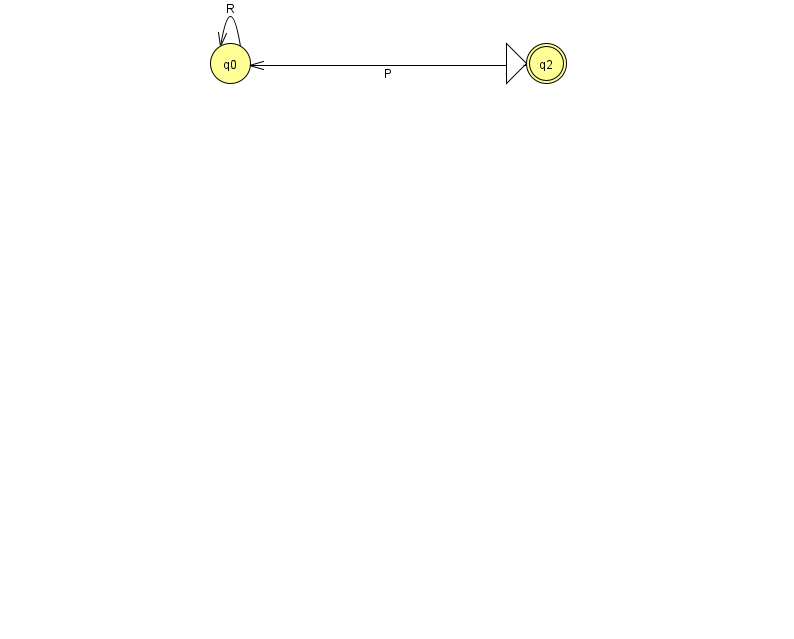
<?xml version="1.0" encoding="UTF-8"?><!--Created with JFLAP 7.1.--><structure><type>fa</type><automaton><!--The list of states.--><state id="0" name="q0"><x>230.0</x><y>50.0</y></state><state id="1" name="q1"><x>966.0</x><y>50.0</y></state><state id="2" name="q2"><x>546.0</x><y>50.0</y><initial/><final/></state><!--The list of transitions.--><transition><from>0</from><to>0</to><read>R</read></transition><transition><from>2</from><to>0</to><read>P</read></transition><transition><from>1</from><to>1</to><read>f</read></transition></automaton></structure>